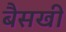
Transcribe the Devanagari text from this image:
बैसखी